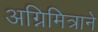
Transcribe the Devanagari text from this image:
अग्निमित्राने